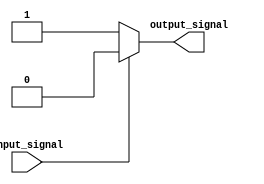
module cmos_not_gate(
    input wire input_signal,
    output reg output_signal
);

  always @ (input_signal)
    begin
      if(input_signal == 0)
        output_signal <= 1;
      else
        output_signal <= 0;
    end

endmodule